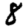
Digit: 8